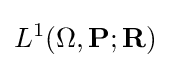
L^{1}(\Omega ,\mathbf {P} ;\mathbf {R} )